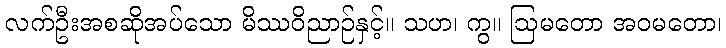
လက်ဦးအစဆိုအပ်သော မိဿဝိညာဉ်နှင့်။ သဟ၊ ကွ။ ဩမတော အဝမတော၊